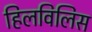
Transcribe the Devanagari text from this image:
हिलविलिस